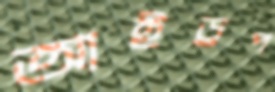
আইড্রপ